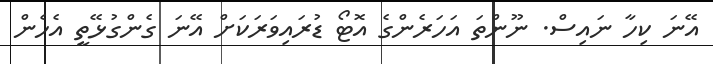
އޭނަ ކިހާ ނައިސް. ނޫންތަ އަހަރެންގެ އޮޓޯ ޑުރައިވަރަކަށް އޭނަ ގެންގުޅޭތީ އެހެން